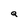
Character: a